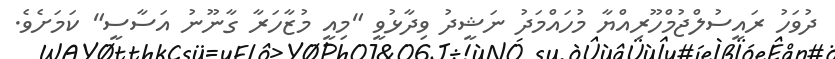
ދުވަހު ރައީސުލްޖުމްހޫރިއްޔާ މުހައްމަދު ނަޝީދު ވިދާޅުވީ "މިއީ މުޒާހަރާ ގާނޫނު އަސާސީ" ކަމަށެވެ.